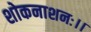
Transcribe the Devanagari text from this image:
शोकनाशनः।।